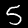
Label: 5